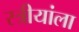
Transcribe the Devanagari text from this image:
स्त्रीयांला